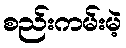
စည်းကမ်းမဲ့